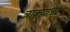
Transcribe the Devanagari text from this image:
त्राक्याचा